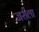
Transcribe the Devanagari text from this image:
जरीला